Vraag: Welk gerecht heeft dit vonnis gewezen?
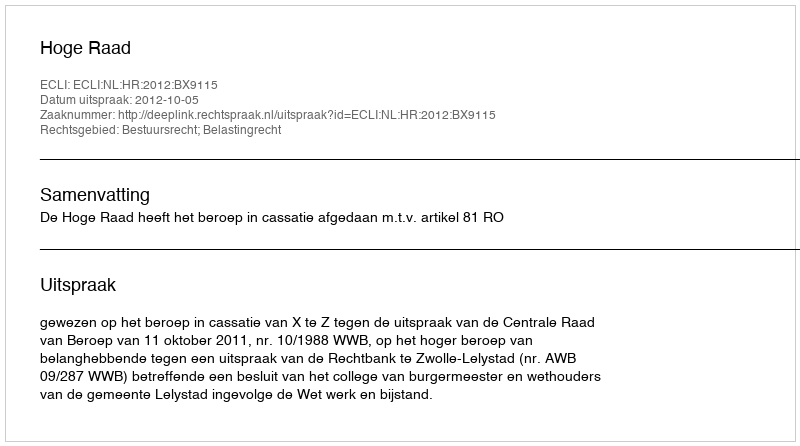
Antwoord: Hoge Raad